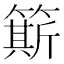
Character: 簛